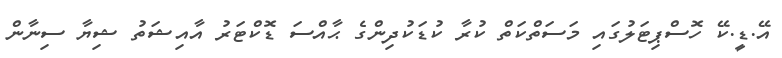
އޭ.ޑީ.ކޭ ހޮސްޕިޓަލުގައި މަސަތްކަތް ކުރާ ކުޑަކުދިންގެ ޙާއްސަ ޑޮކްޓަރު އާއިޝަތު ޝިޔާ ސިނާން